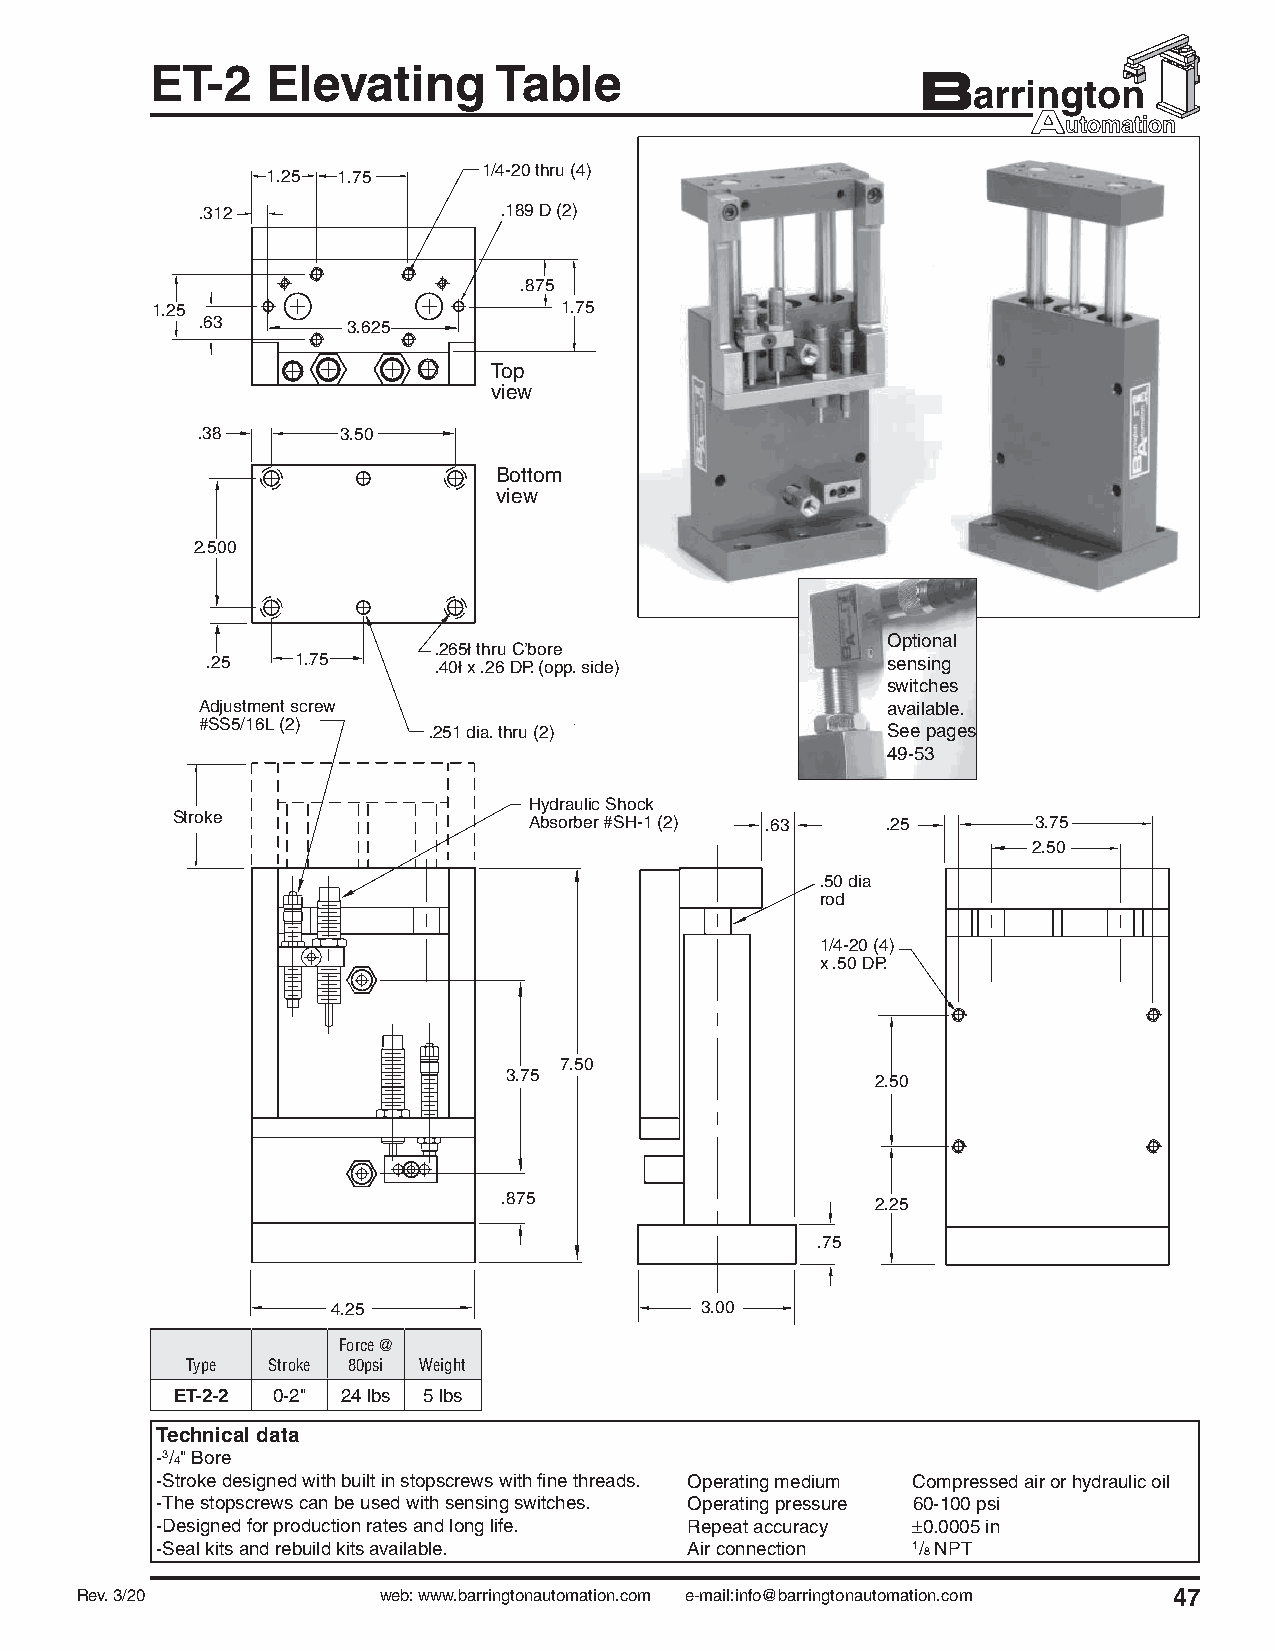
ET-2    Elevating      Table
 1.25 1.75     1/4-20 thru (4)
 .312                .189 D (2)
 .875
 1.25                       1.75
 .63       3.625
 Top
 view
 .38       3.50
 Bottom
 view
 2.500
 Optional
 .265ł thru C’bore
 .25   1.75     .40ł x .26 DP. (opp. side)    sensing
 switches
 Adjustment screw                              available.
 #SS5/16L (2)
 .251 dia. thru (2)             See pages
 49-53
 Hydraulic Shock
 Stroke                  Absorber #SH-1 (2) .63  .25       3.75
 2.50
 .50 dia
 rod
 1/4-20 (4)
 x .50 DP.
 7.50
 3.75
 2.50
 .875                     2.25
 .75
 4.25                    3.00
 Force @
 Type  Stroke 80psi Weight
 ET-2-2 0-2" 24 lbs 5 lbs
 Technical data
 -3/4" Bore
 -Stroke designed with built in stopscrews with fi ne threads. Operating medium Compressed air or hydraulic oil
 -The stopscrews can be used with sensing switches. Operating pressure 60-100 psi
 -Designed for production rates and long life. Repeat accuracy 0.0005 in
 -Seal kits and rebuild kits available. Air connection 1/8 NPT
 Rev. 3/20           web: www.barringtonautomation.com e-mail:info@barringtonautomation.com 47